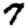
Digit: 7